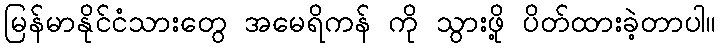
မြန်မာနိုင်ငံသားတွေ အမေရိကန် ကို သွားဖို့ ပိတ်ထားခဲ့တာပါ။